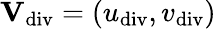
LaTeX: \textbf{V}_{\mathrm{div}}=(u_{\mathrm{div}},v_{\mathrm{div}})